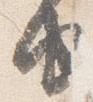
由